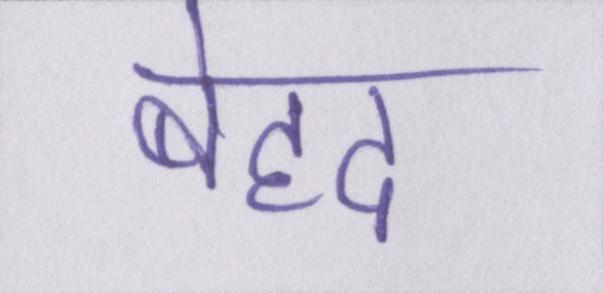
बेहद